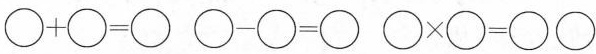
$$\circ + \circ = \circ$$ $$\circ - \circ = \circ$$ $$\circ \times \circ = \circ $$